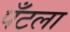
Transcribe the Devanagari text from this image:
पँटला